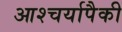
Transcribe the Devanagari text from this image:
आश्चर्यापैकी